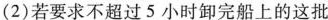
(2)若要求不超过5小时卸完船上的这批